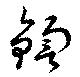
鍧